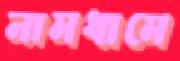
নামধামে